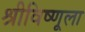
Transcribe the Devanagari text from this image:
श्रीविष्णूला